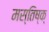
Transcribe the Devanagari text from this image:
मस्तिष्क्